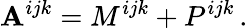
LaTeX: \mathbf{A}^{ijk}=M^{ijk}+P^{ijk}\, .